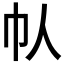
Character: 𫶾